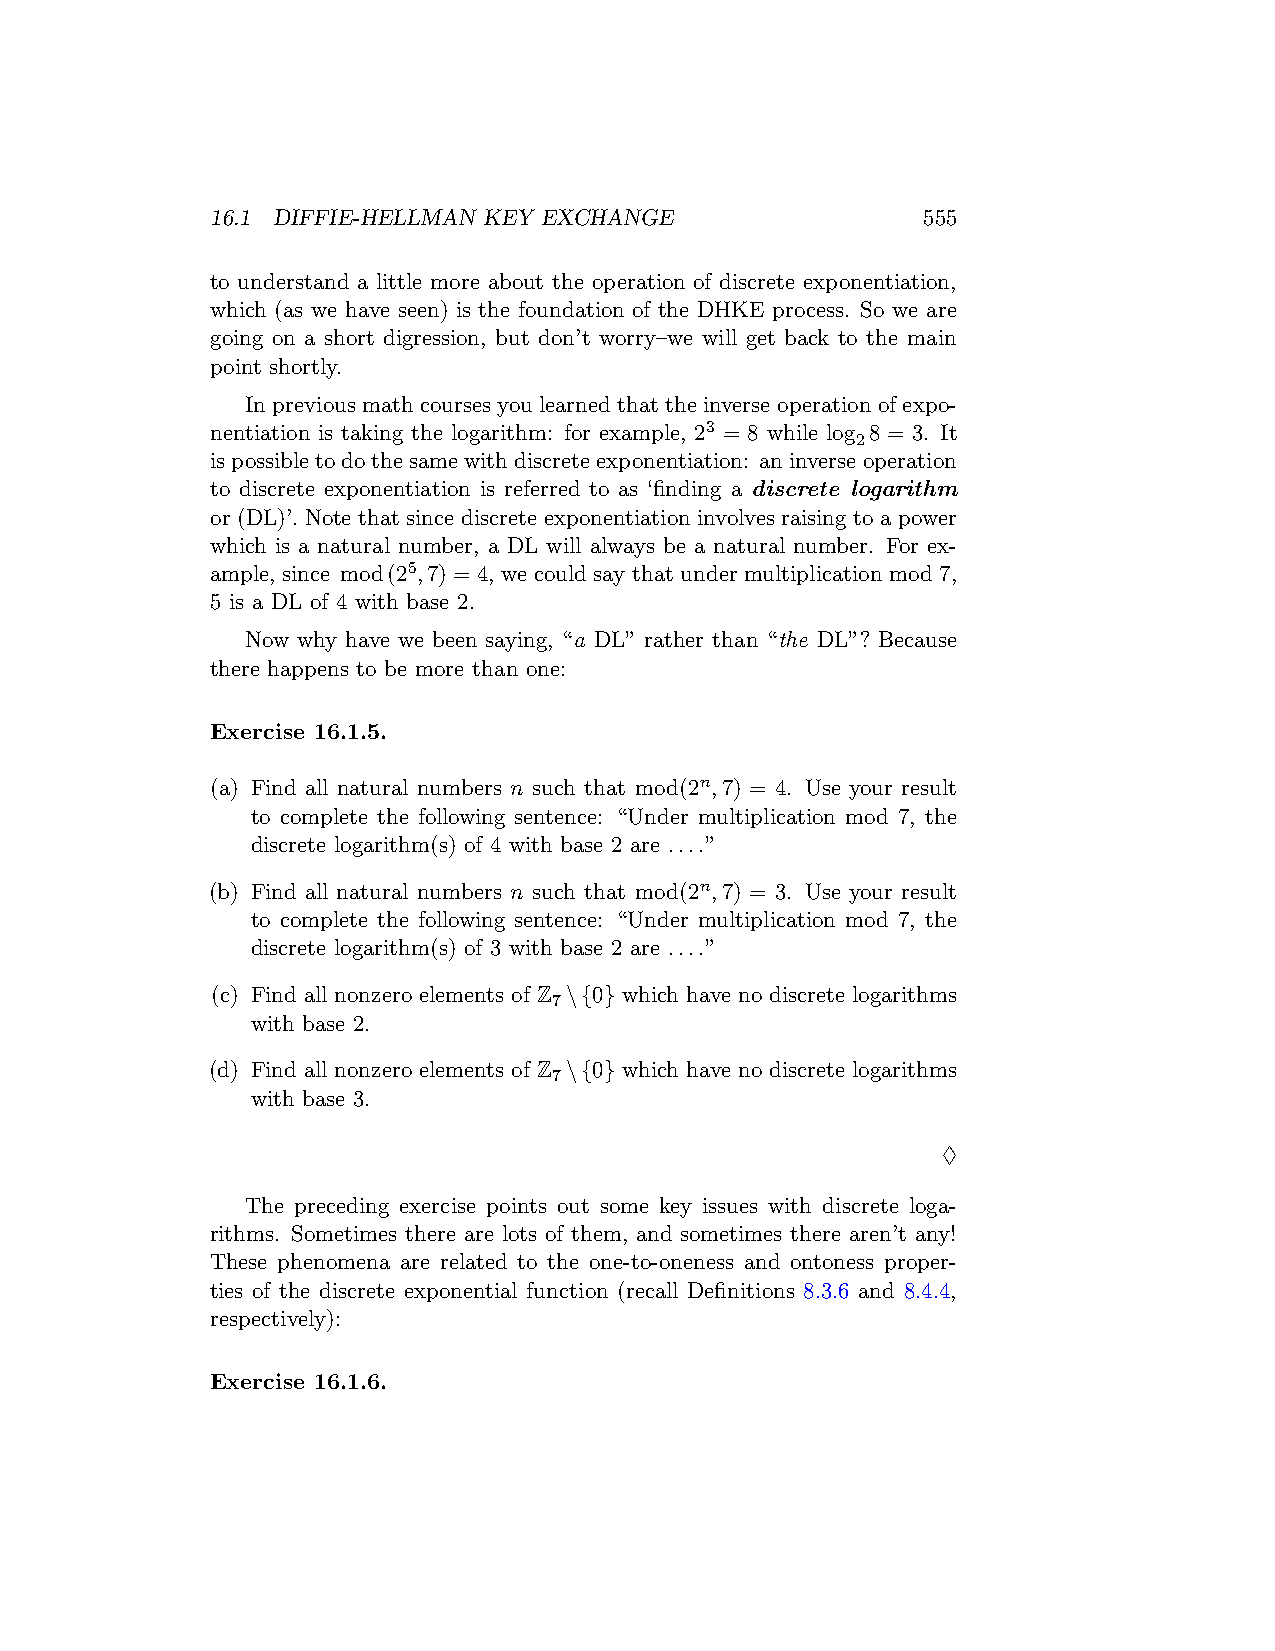
16.1 DIFFIE-HELLMAN KEY EXCHANGE               555
 to understand a little more about the operation of discrete exponentiation,
 which (as we have seen) is the foundation of the DHKE process. So we are
 going on a short digression, but don’t worry–we will get back to the main
 point shortly.
 In previous math courses you learned that the inverse operation of expo-
 nentiation is taking the logarithm: for example, 23 = 8 while log 8 = 3. It
 2
 ispossibletodothesamewithdiscreteexponentiation: aninverseoperation
 to discrete exponentiation is referred to as ‘finding a discrete logarithm
 or (DL)’. Note that since discrete exponentiation involves raising to a power
 which is a natural number, a DL will always be a natural number. For ex-
 ample, since mod(25,7) = 4, we could say that under multiplication mod 7,
 5 is a DL of 4 with base 2.
 Now why have we been saying, “a DL” rather than “the DL”? Because
 there happens to be more than one:
 Exercise 16.1.5.
 (a) Find all natural numbers n such that mod(2n,7) = 4. Use your result
 to complete the following sentence: “Under multiplication mod 7, the
 discrete logarithm(s) of 4 with base 2 are ....”
 (b) Find all natural numbers n such that mod(2n,7) = 3. Use your result
 to complete the following sentence: “Under multiplication mod 7, the
 discrete logarithm(s) of 3 with base 2 are ....”
 (c) Find all nonzero elements of Z \{0} which have no discrete logarithms
 7
 with base 2.
 (d) Find all nonzero elements of Z \{0} which have no discrete logarithms
 7
 with base 3.
 ♢
 The preceding exercise points out some key issues with discrete loga-
 rithms. Sometimes there are lots of them, and sometimes there aren’t any!
 These phenomena are related to the one-to-oneness and ontoness proper-
 ties of the discrete exponential function (recall Definitions 8.3.6 and 8.4.4,
 respectively):
 Exercise 16.1.6.